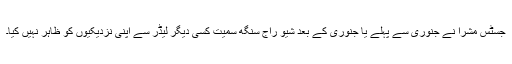
جسٹس مشرا نے جنوری سے پہلے یا جنوری کے بعد شیو راج سنگھ سمیت کسی دیگر لیڈر سے اپنی نزدیکیوں کو ظاہر نہیں کیا۔